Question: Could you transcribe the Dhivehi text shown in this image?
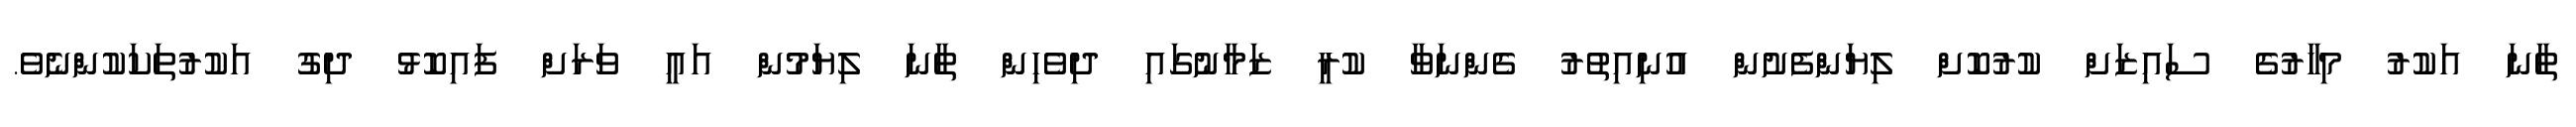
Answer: ތާނަ އަކުރު މިހާރުގެ ސައިޒަށް ކުރުކޮށް ލިޔަންފެށުން އުނިއިތުރު ގެންނަވާ ކުރީ ޒަމާނުގައި ދިވެހިން ތާނަ ލިޔަމުން އައީ ވަރަށް ފައިކޮޅު ދިގު އަކުރުތަކަކުންނެވެ.